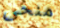
منحى